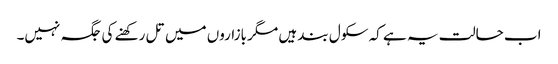
اب حالت یہ ہے کہ سکول بند ہیں مگر بازاروں میں تل رکھنے کی جگہ نہیں۔